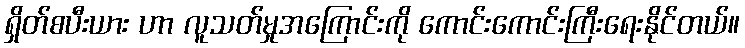
ရှိတ်စပီးယား ဟာ လူသတ်မှုအကြောင်းကို ကောင်းကောင်းကြီးရေးနိုင်တယ်။